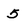
Character: 5